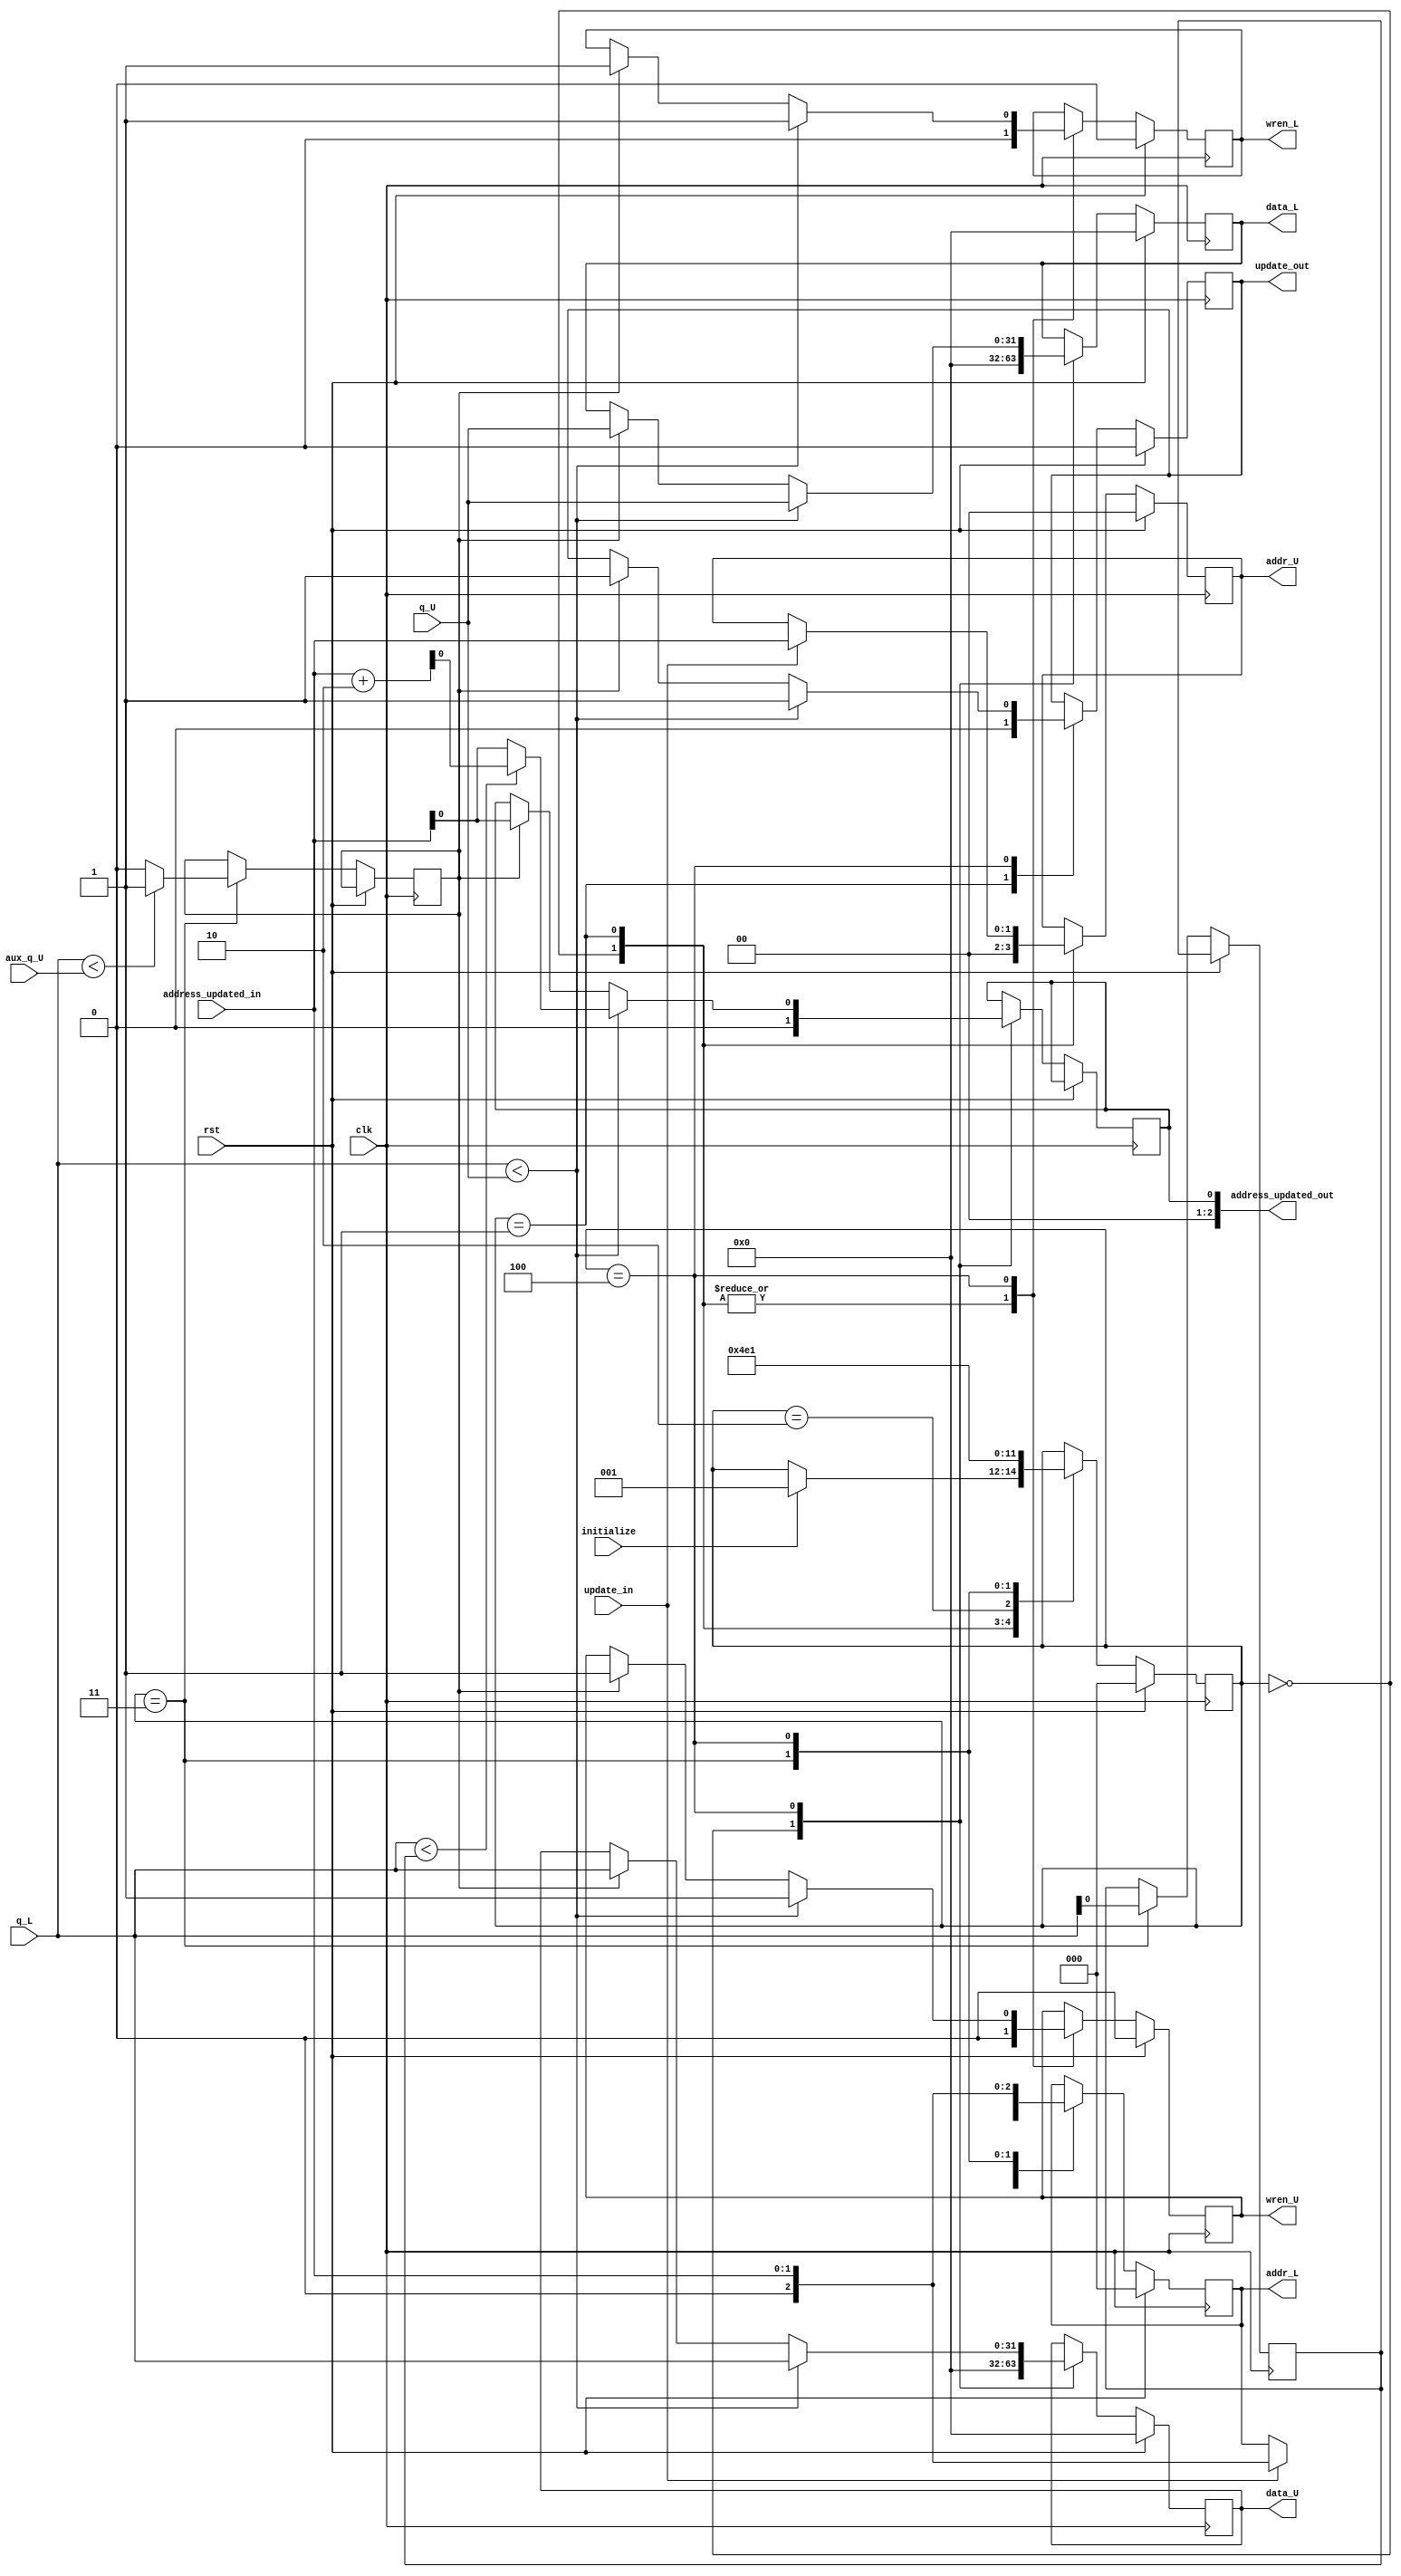
module sorting_node	 #(parameter LEVEL = 2,
								parameter LENGTH = 4)
(
	input clk,
	input rst,
	
	//conexo para upper records
	input [31:0] q_U,
	input [31:0] aux_q_U,
	output [31:0]data_U,
	output [LEVEL-1:0]addr_U,
	output wren_U,
	
	//conexo para lower records
	input [31:0] q_L,
	output [31:0] data_L,
	output [LEVEL:0]addr_L,
	output wren_L,
	
	//hand shaking
	input initialize,
	output update_out,
	input update_in,
	
	output [LEVEL:0]address_updated_out,
	input [LEVEL-1:0]address_updated_in
);


	
	localparam [2:0] Initial_State = 3'd0,					//declarao dos estados();
					  Step1 = 3'd1,
					  wait_level = 3'd2,
					  Step2_LN = 3'd3,
					  Step2_RN = 3'd4;	
	reg		[2:0] SM_sorting = 3'b000; 			// Declarao do registrador de estados
	
	//Declarao dos registradores 
	
	reg [LEVEL:0]addr_L_reg;
	reg [31:0] data_L_reg;
	
	reg [LEVEL-1:0]addr_U_reg;
	reg [31:0] data_U_reg;
	
	reg wren_L_reg;
	reg wren_U_reg;
	
	reg update_out_reg;
	reg address_updated_out_reg;
	
	reg swap_LN = 0;
	reg left = 0;
	
	reg [2:0] swap_flag = 0;
	
	/******* Processo principal - Maquina de estados *******/
	always @(posedge clk)
		if (rst)	// reseta todos os registradores
		begin
			SM_sorting <= Initial_State;
			data_U_reg <= 0;
			addr_U_reg <= 0;
			wren_U_reg <= 0;
			data_L_reg <= 0;
			addr_L_reg <= 0;
			wren_L_reg <= 0;
			update_out_reg <=0;
		end else
		begin
			case (SM_sorting)
			
				// Espera a inicializao do heapsort
				Initial_State:
				begin
					if (initialize)
						SM_sorting <= Step1;
					data_U_reg <= 0;
					addr_U_reg <= 0;
					wren_U_reg <= 0;
					data_L_reg <= 0;
					addr_L_reg <= 0;
					wren_L_reg <= 0;
					address_updated_out_reg <= 0;
				end
				
				// esse passo pode ser otimizado
				// se n tiver update, fica nesse nivel ate ter update_in :)
				Step1:
				begin
					if (update_in)
					begin
						SM_sorting <= wait_level ;
						addr_U_reg <= address_updated_in;
						wren_U_reg <= 0;
						addr_L_reg <= address_updated_in;
						wren_L_reg <= 0;
					end
					wren_L_reg <= 0;
					wren_U_reg <= 0;
					SM_sorting <= wait_level;
					update_out_reg <= 0;
				end
				
				wait_level:
				begin
					SM_sorting <= Step2_LN;
				end
				
				Step2_LN:
				begin
					if (q_L < aux_q_U)		//verifica se L < N
						swap_LN <= 1;
					else
						swap_LN <= 0;
					left <= q_L;
					addr_L_reg <= address_updated_in + (LENGTH/2);
					SM_sorting <= Step2_RN;
				end
				
				Step2_RN:
				begin
					if (q_L < q_U)		//verifica se R < N 
					begin
						if (q_L < left)	//swap 3 ( R< N & R < L) 
						begin
							data_U_reg <= q_L;
							data_L_reg <= q_U;
							wren_L_reg <= 1;
							wren_U_reg <= 1;
							address_updated_out_reg = address_updated_in + (LENGTH/2);
							update_out_reg <= 1;
							addr_L_reg <= address_updated_in; //alteracao
							SM_sorting <= Step1;					//aleracao
							swap_flag = 1;
						end
						else					//Swap2 (L < N & L =< R)
						begin
							data_U_reg <= q_L;
							data_L_reg <= q_U;
							wren_L_reg <= 1;
							wren_U_reg <= 1;
							addr_L_reg <= address_updated_in;
							address_updated_out_reg = address_updated_in;
							update_out_reg <= 1;
							SM_sorting <= Step1;					//aleracao
							swap_flag = 2;
						end
					end	
					else
					begin
						if (swap_LN)		//Swap2 (L < N & L =< R)
						begin
							data_U_reg <= q_L;
							data_L_reg <= q_U;
							wren_L_reg <= 1;
							wren_U_reg <= 1;
							addr_L_reg <= address_updated_in;
							address_updated_out_reg = address_updated_in;
							update_out_reg <= 1;
							SM_sorting <= Step1;					//aleracao
							swap_flag = 3;
						end
				addr_L_reg <= address_updated_in;
				SM_sorting <= Step1;
				end
				end
			endcase
		end
					
assign 	addr_L = addr_L_reg;
assign 	addr_U = addr_U_reg;

assign 	data_U = data_U_reg;
assign 	data_L = data_L_reg;

assign wren_L = wren_L_reg;
assign wren_U = wren_U_reg;

assign update_out = update_out_reg;
assign address_updated_out = address_updated_out_reg;

//sera botar a comparao assincrono?	
	//always @(posedge clk)
// sera botar os endereos assincrono? sim, porque eles so wires e no registradores
//	reg [23:0] data2_FFT_1_x_abs,data2_FFT_1_y_abs,data2_buff_1_x_abs,data2_buff_1_y_abs;
//	always @(posedge clk)
//	begin
//		data2_FFT_1_x_abs  <= data_2_wr_RAM_FFT_1_in[63] ? ~data_2_wr_RAM_FFT_1_in[63:40] + 1: data_2_wr_RAM_FFT_1_in[63:40];
//		data2_buff_1_x_abs <= data_2_rd_RAM_buff_1[63] ? ~data_2_rd_RAM_buff_1[63:40] + 1: data_2_rd_RAM_buff_1[63:40];
//		data2_FFT_1_y_abs  <= data_2_wr_RAM_FFT_1_in[31] ? ~data_2_wr_RAM_FFT_1_in[31:8] + 1: data_2_wr_RAM_FFT_1_in[31:8];
//		data2_buff_1_y_abs <= data_2_rd_RAM_buff_1[31] ? ~data_2_rd_RAM_buff_1[31:8] + 1: data_2_rd_RAM_buff_1[31:8];
//	end
//	
//	wire [23:0] xi_2 = (SM_Declipper == CALC_ABS_MAX_Z) ? 
//							 data2_FFT_1_x_abs : data2_buff_1_x_abs;			
endmodule